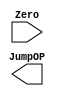
// Jump_Ctrl

module Jump_Ctrl( Zero,
                  JumpOP
				  // write your code in here
				  );

    input Zero;
	output [1:0] JumpOP;
	// write your code in here
	
endmodule